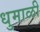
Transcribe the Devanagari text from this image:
धुमाळी